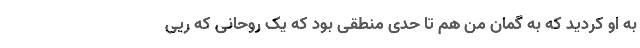
به او کردید که به گمان من هم تا حدی منطقی بود که یک روحانی که ریی